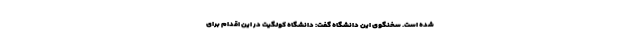
شده است. سخنگوی این دانشگاه گفت: دانشگاه کولگیت در این اقدام برای